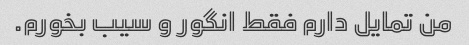
من تمایل دارم فقط انگور و سیب بخورم.